Report of the Municipal Commissioner on the plague in Bombay for the year ending 31st May... - Volume 3
Disease focus: Plague
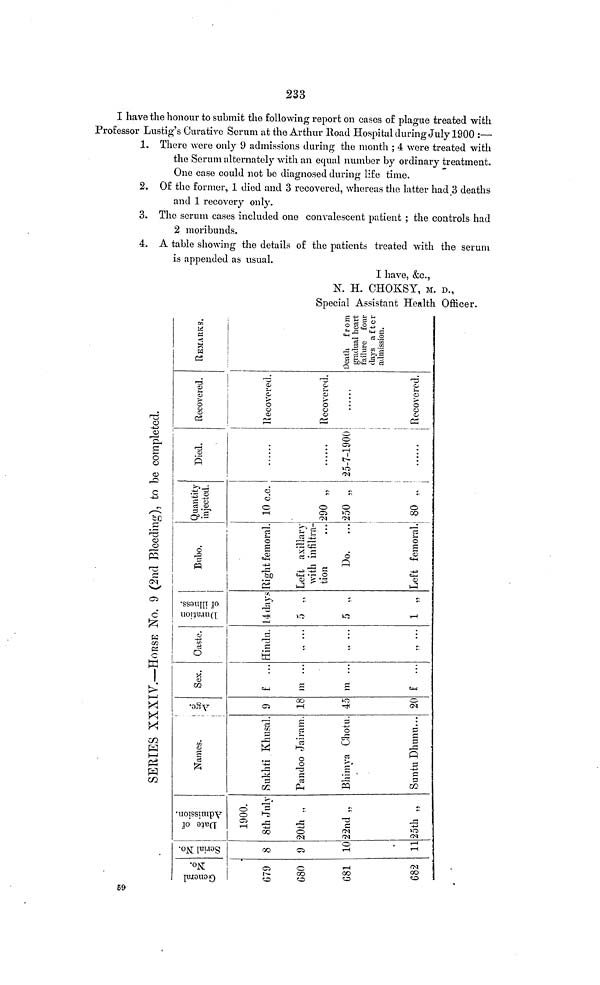
©
s !
**
S»
.">
M ^ £
Ö St
t>
H
O
H g; S
1_
g-
m
trjo í
£• ET to ° g ^O^2 ^ 2
Ö C^ffi á "' 2 »
t^r^Sp
Crq î« m g M £. ^ ^
K Ö
il
H^HSf
1:
^^ 2 ^£ 2. s- g»
g: * ^ s ¿ 1. ? Î
§
« i* è § S. 1 w>
g,
œ
g qs " •» Í s* ĝ
o
o g g tj»)
w
c+-
O
2¿ w
¿
rt
»1
QQ
c^
0
^ ® g 2. S. ©
-3
CD
-í
® í^^
S
^î
--
îr-
o
j| H. 3 ¡r & o
M
2
©
<
s
¿ s
Lj
a
>W
S.
P.
5^ ^ 3 ES W o
vi
v.
«^
iï
H—
£- Ci O
p
S- w 5 g" |
« « j g, | s
t±j
j
?2
•
r*>
-*Í
^
£3
l^r s. f s I s s|-?
S^fcjJ
ft
O
i"!
P
CD U ¿
O
O 0
g^
i
E-
ET § *T g
S
S
ir
§-
Éf °-i *
§
g
^
» £ s- 1
General
No.
G79
680
681
682
Serial No.
8
9
10
11
Date of
Admission.
1900.
8th July
20th .,
22nd ,.
25th „
SERIES XXXIV.—HORSE NO. 9 (2nd Bleeding), to be completed.
Names.
Sukhti Khusal.
Pandoo Jairam.
Bhimya Chotu.
Suntu Dhnnu...
Age.
9
18
45
20
Sex.
f ...
m ...
171 ...
f
...
Caste.
Hindu.
., ...
Duration
of illness.
14 days
5 .,
5 „
1 „
Bubo.
Right femoral.
Left axillary
with infiltra-
tion
Do.
...
Left femoral.
Quantity
injected.
10 c.c.
290 „
250 .,
80 .,
Died.
25-7-1900
Recovered.
Recovered.
Recovered.
Recovered.
REMARKS.
Death from
gradual heart
failure four
days after
admission.
59